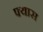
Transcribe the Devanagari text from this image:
फ्यास